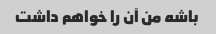
باشه من آن را خواهم داشت